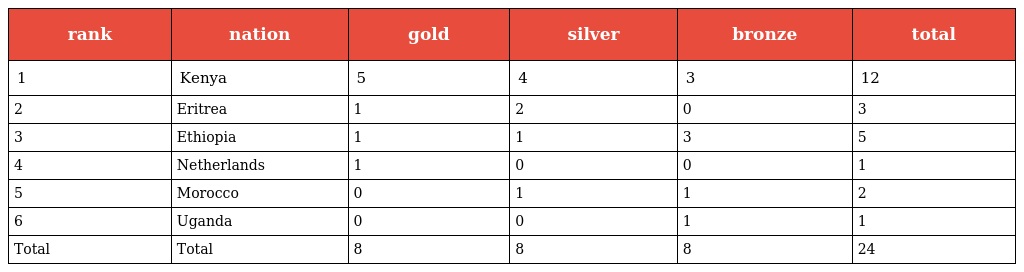
| rank | nation | gold | silver | bronze | total |
 | --- | --- | --- | --- | --- | --- |
 | 1 | Kenya | 5 | 4 | 3 | 12 |
 | 2 | Eritrea | 1 | 2 | 0 | 3 |
 | 3 | Ethiopia | 1 | 1 | 3 | 5 |
 | 4 | Netherlands | 1 | 0 | 0 | 1 |
 | 5 | Morocco | 0 | 1 | 1 | 2 |
 | 6 | Uganda | 0 | 0 | 1 | 1 |
 | Total | Total | 8 | 8 | 8 | 24 |